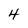
Character: 4